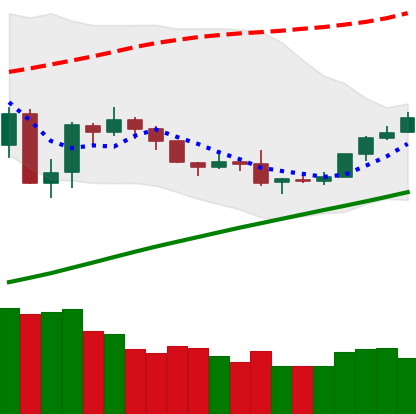
Ticker: BTC-USD
Chart end date: 2019-08-03
Forward return: 10.578%
Label: up_7plus